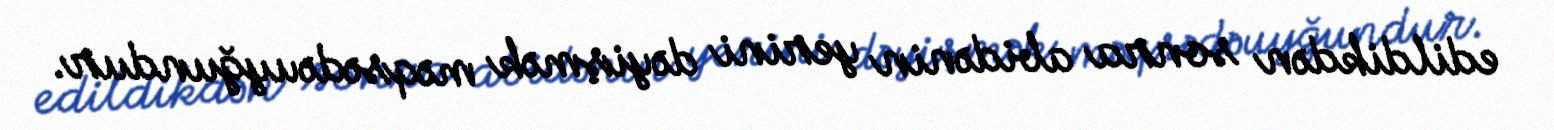
edildikdən sonra abidənin yerini dəyişmək məqsədəuyğundur.